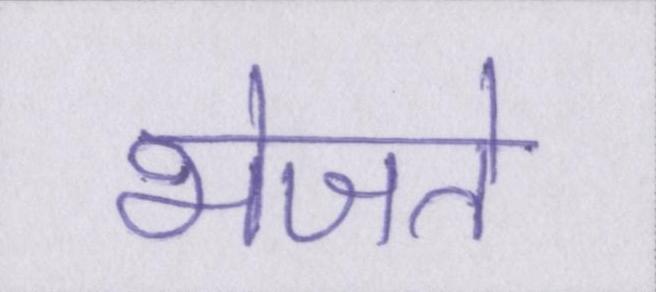
भेजते